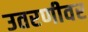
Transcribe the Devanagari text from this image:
उतरणीवर